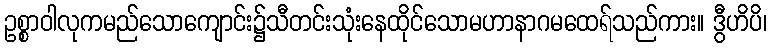
ဥစ္စာဝါလုကမည်သောကျောင်း၌သီတင်းသုံးနေထိုင်သောမဟာနာဂမထေရ်သည်ကား။ ဒွီဟိပိ၊